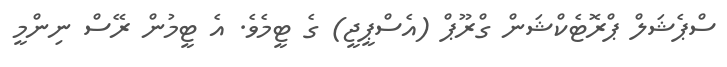
ސްޕެޝަލް ޕްރޮޓެކްޝަން ގްރޫޕް (އެސްޕީޖީ) ގެ ޓީމެވެ. އެ ޓީމުން ރޭސް ނިންމީ